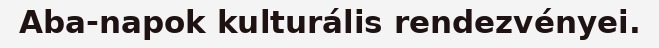
Aba-napok kulturális rendezvényei.